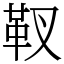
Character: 靫